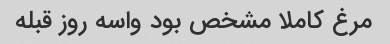
مرغ کاملا مشخص بود واسه روز قبله